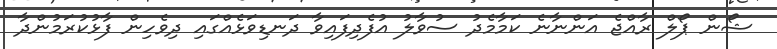
ޝޯން ޕޯލް ރާއްޖެ އަންނާނެ ކަމާމެދު ސުވާލު އުފެދިފައިވާ ދަނޑިވަޅެއްގައި ދިވެހިން ފާޅުކުރަމުންދާ